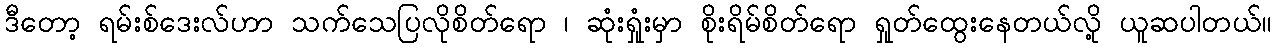
ဒီတော့ ရမ်းစ်ဒေးလ်ဟာ သက်သေပြလိုစိတ်ရော ၊ ဆုံးရှုံးမှာ စိုးရိမ်စိတ်ရော ရှုတ်ထွေးနေတယ်လို့ ယူဆပါတယ်။